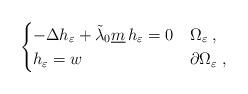
LaTeX: \begin{align*}\begin{cases}-\Delta h_{\varepsilon} + \tilde{\lambda}_0 \underline{m} \, h_{\varepsilon}=0 & \Omega_{\varepsilon} \; , \\h_{\varepsilon} = w & \partial\Omega_{\varepsilon} \; ,\end{cases}\end{align*}